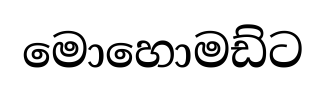
මොහොමඩ්ට